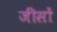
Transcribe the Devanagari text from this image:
जींसों